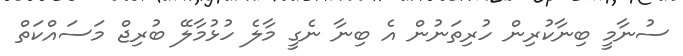
ސުނާމީ ބިނާކުރިން ހުރިތަނުން އެ ބިނާ ނެގީ މާލެ ހުޅުމާލޭ ބުރިޖް މަސައްކަތް